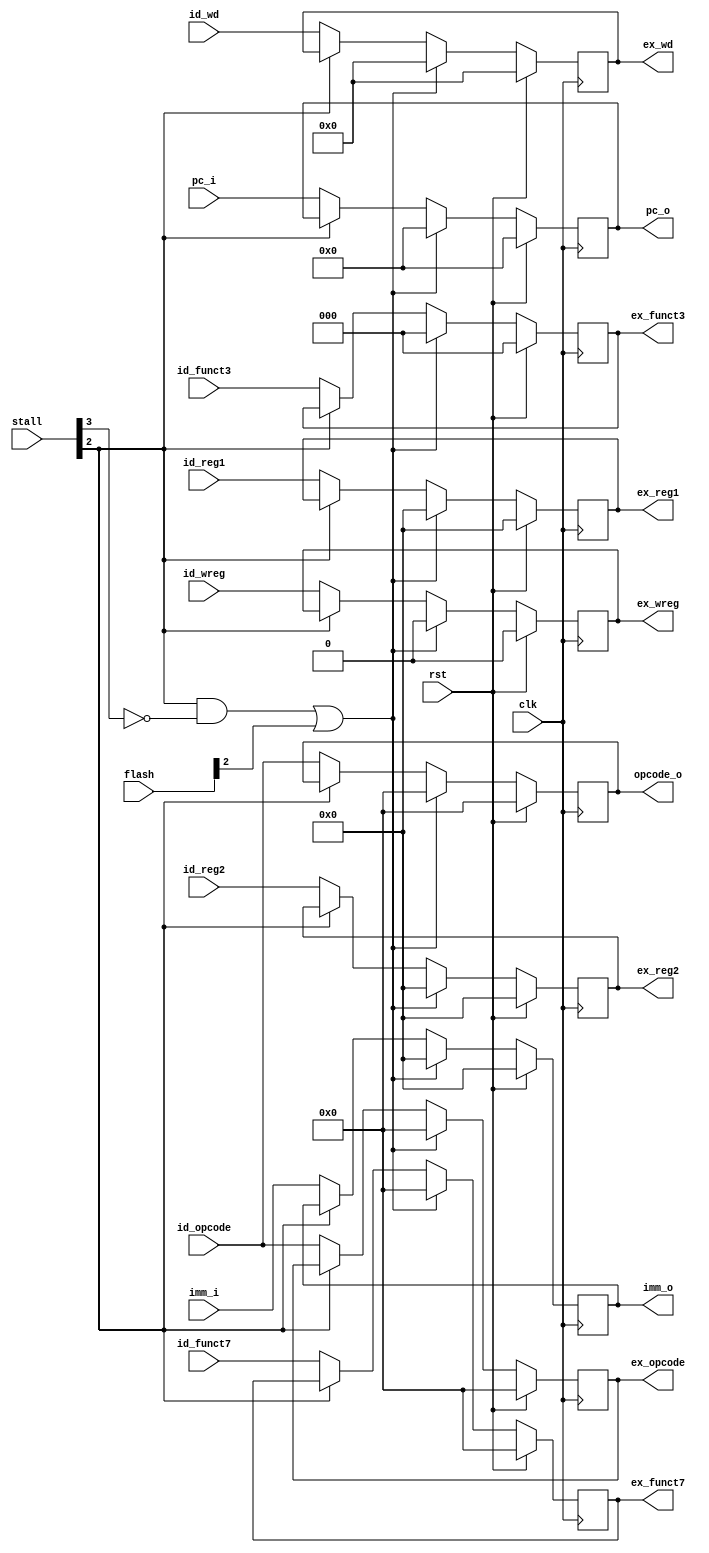
`timescale 1ns / 1ps
//////////////////////////////////////////////////////////////////////////////////
// Company: 
// Engineer: 
// 
// Design Name: 
// Module Name: id_ex
// Project Name: 
// Target Devices: 
// Tool Versions: 
// Description: 
// 
// Dependencies: 
// 
// Revision:
// Revision 0.01 - File Created
// Additional Comments:
// 
//////////////////////////////////////////////////////////////////////////////////




module id_ex(

	input	wire										clk,
	input wire										rst,
    input wire[11:0] pc_i,
	
	//
	input wire[6:0]         id_opcode,
	input wire[5:0]        stall,
	input wire[5:0]        flash,
	input wire[2:0]        id_funct3,
	input wire[6:0]        id_funct7,
	input wire[31:0]           id_reg1,
	input wire[31:0]           id_reg2,
	input wire[4:0]       id_wd,
	input wire                    id_wreg,	
	input wire [31:0] imm_i, 
	
	//
	output reg[11:0] pc_o,
	
	output reg[6:0]         ex_opcode,
	output reg[2:0]        ex_funct3,
	output reg[6:0]        ex_funct7,
	output reg[31:0]           ex_reg1,
	output reg[31:0]           ex_reg2,
	output reg[4:0]       ex_wd,
	output reg                    ex_wreg,
	output reg [31:0] imm_o,
	output reg[6:0] opcode_o
	
);

   
	always @ (posedge clk) begin
		if (rst == 1) begin
			ex_opcode <= 7'b0;
			ex_funct3 <= 3'b0;
			ex_funct7 <= 7'b0;
			ex_reg1 <= 32'b0;
			ex_reg2 <= 32'b0;
			ex_wd <= 5'b0;
			ex_wreg <= 1'b0;
			imm_o<=32'b0;
			pc_o=0;
			opcode_o=0;
		end else if((stall[2]==1 && stall[3]==0)|flash[2]==1) begin
		    ex_opcode <= 7'b0;
            ex_funct3 <= 3'b0;
            ex_funct7 <= 7'b0;
            ex_reg1 <= 32'b0;
            ex_reg2 <= 32'b0;
            ex_wd <= 5'b0;
            ex_wreg <= 1'b0;
            imm_o<=32'b0;
            pc_o=0;
            opcode_o=0;
		end else if(stall[2]==0) begin		
			ex_opcode <= id_opcode;
			ex_funct3 <= id_funct3;
			ex_funct7 <= id_funct7;
			ex_reg1 <= id_reg1;
			ex_reg2 <= id_reg2;
			ex_wd <= id_wd;
			ex_wreg <= id_wreg;	
			imm_o<=imm_i;
			pc_o=pc_i;
			opcode_o=id_opcode;
		end
	end
	
endmodule